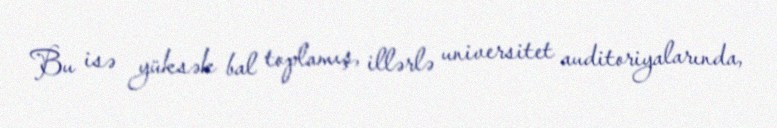
Bu isə yüksək bal toplamış, illərlə universitet auditoriyalarında,